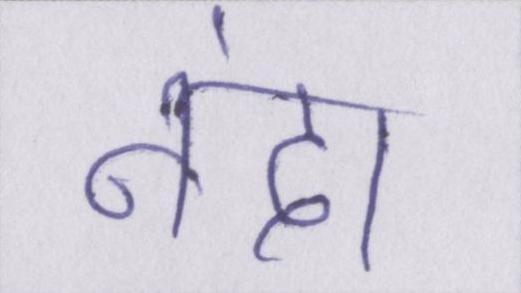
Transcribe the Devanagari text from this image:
नंदा